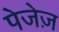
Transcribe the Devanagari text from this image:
पेजेज़